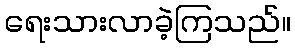
ရေးသားလာခဲ့ကြသည်။